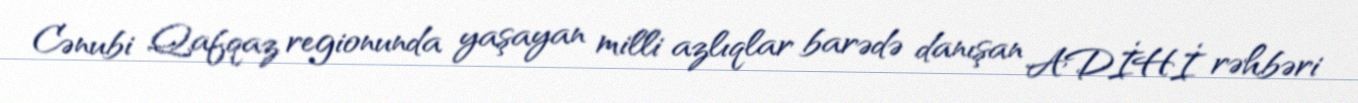
Cənubi Qafqaz regionunda yaşayan milli azlıqlar barədə danışan ADİHİ rəhbəri